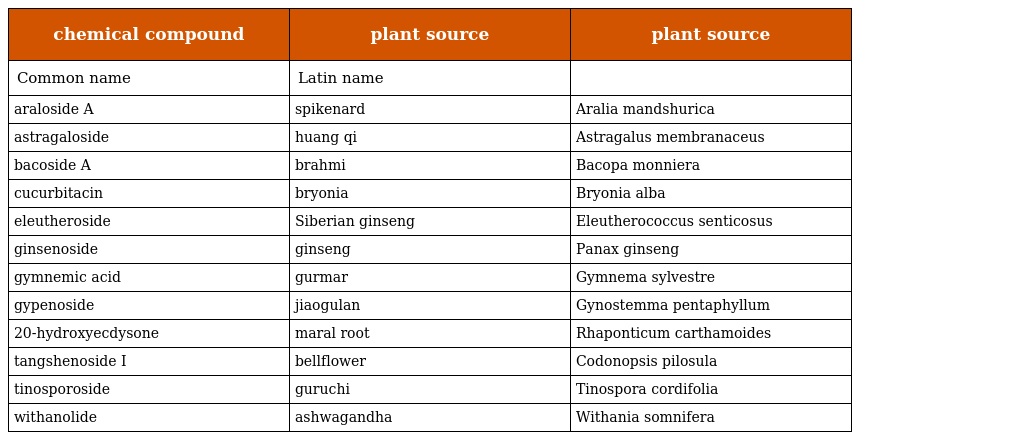
| chemical compound | plant source | plant source |
 | --- | --- | --- |
 | Common name | Latin name |  |
 | araloside A | spikenard | Aralia mandshurica |
 | astragaloside | huang qi | Astragalus membranaceus |
 | bacoside A | brahmi | Bacopa monniera |
 | cucurbitacin | bryonia | Bryonia alba |
 | eleutheroside | Siberian ginseng | Eleutherococcus senticosus |
 | ginsenoside | ginseng | Panax ginseng |
 | gymnemic acid | gurmar | Gymnema sylvestre |
 | gypenoside | jiaogulan | Gynostemma pentaphyllum |
 | 20-hydroxyecdysone | maral root | Rhaponticum carthamoides |
 | tangshenoside I | bellflower | Codonopsis pilosula |
 | tinosporoside | guruchi | Tinospora cordifolia |
 | withanolide | ashwagandha | Withania somnifera |